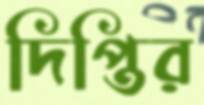
দিপ্তির